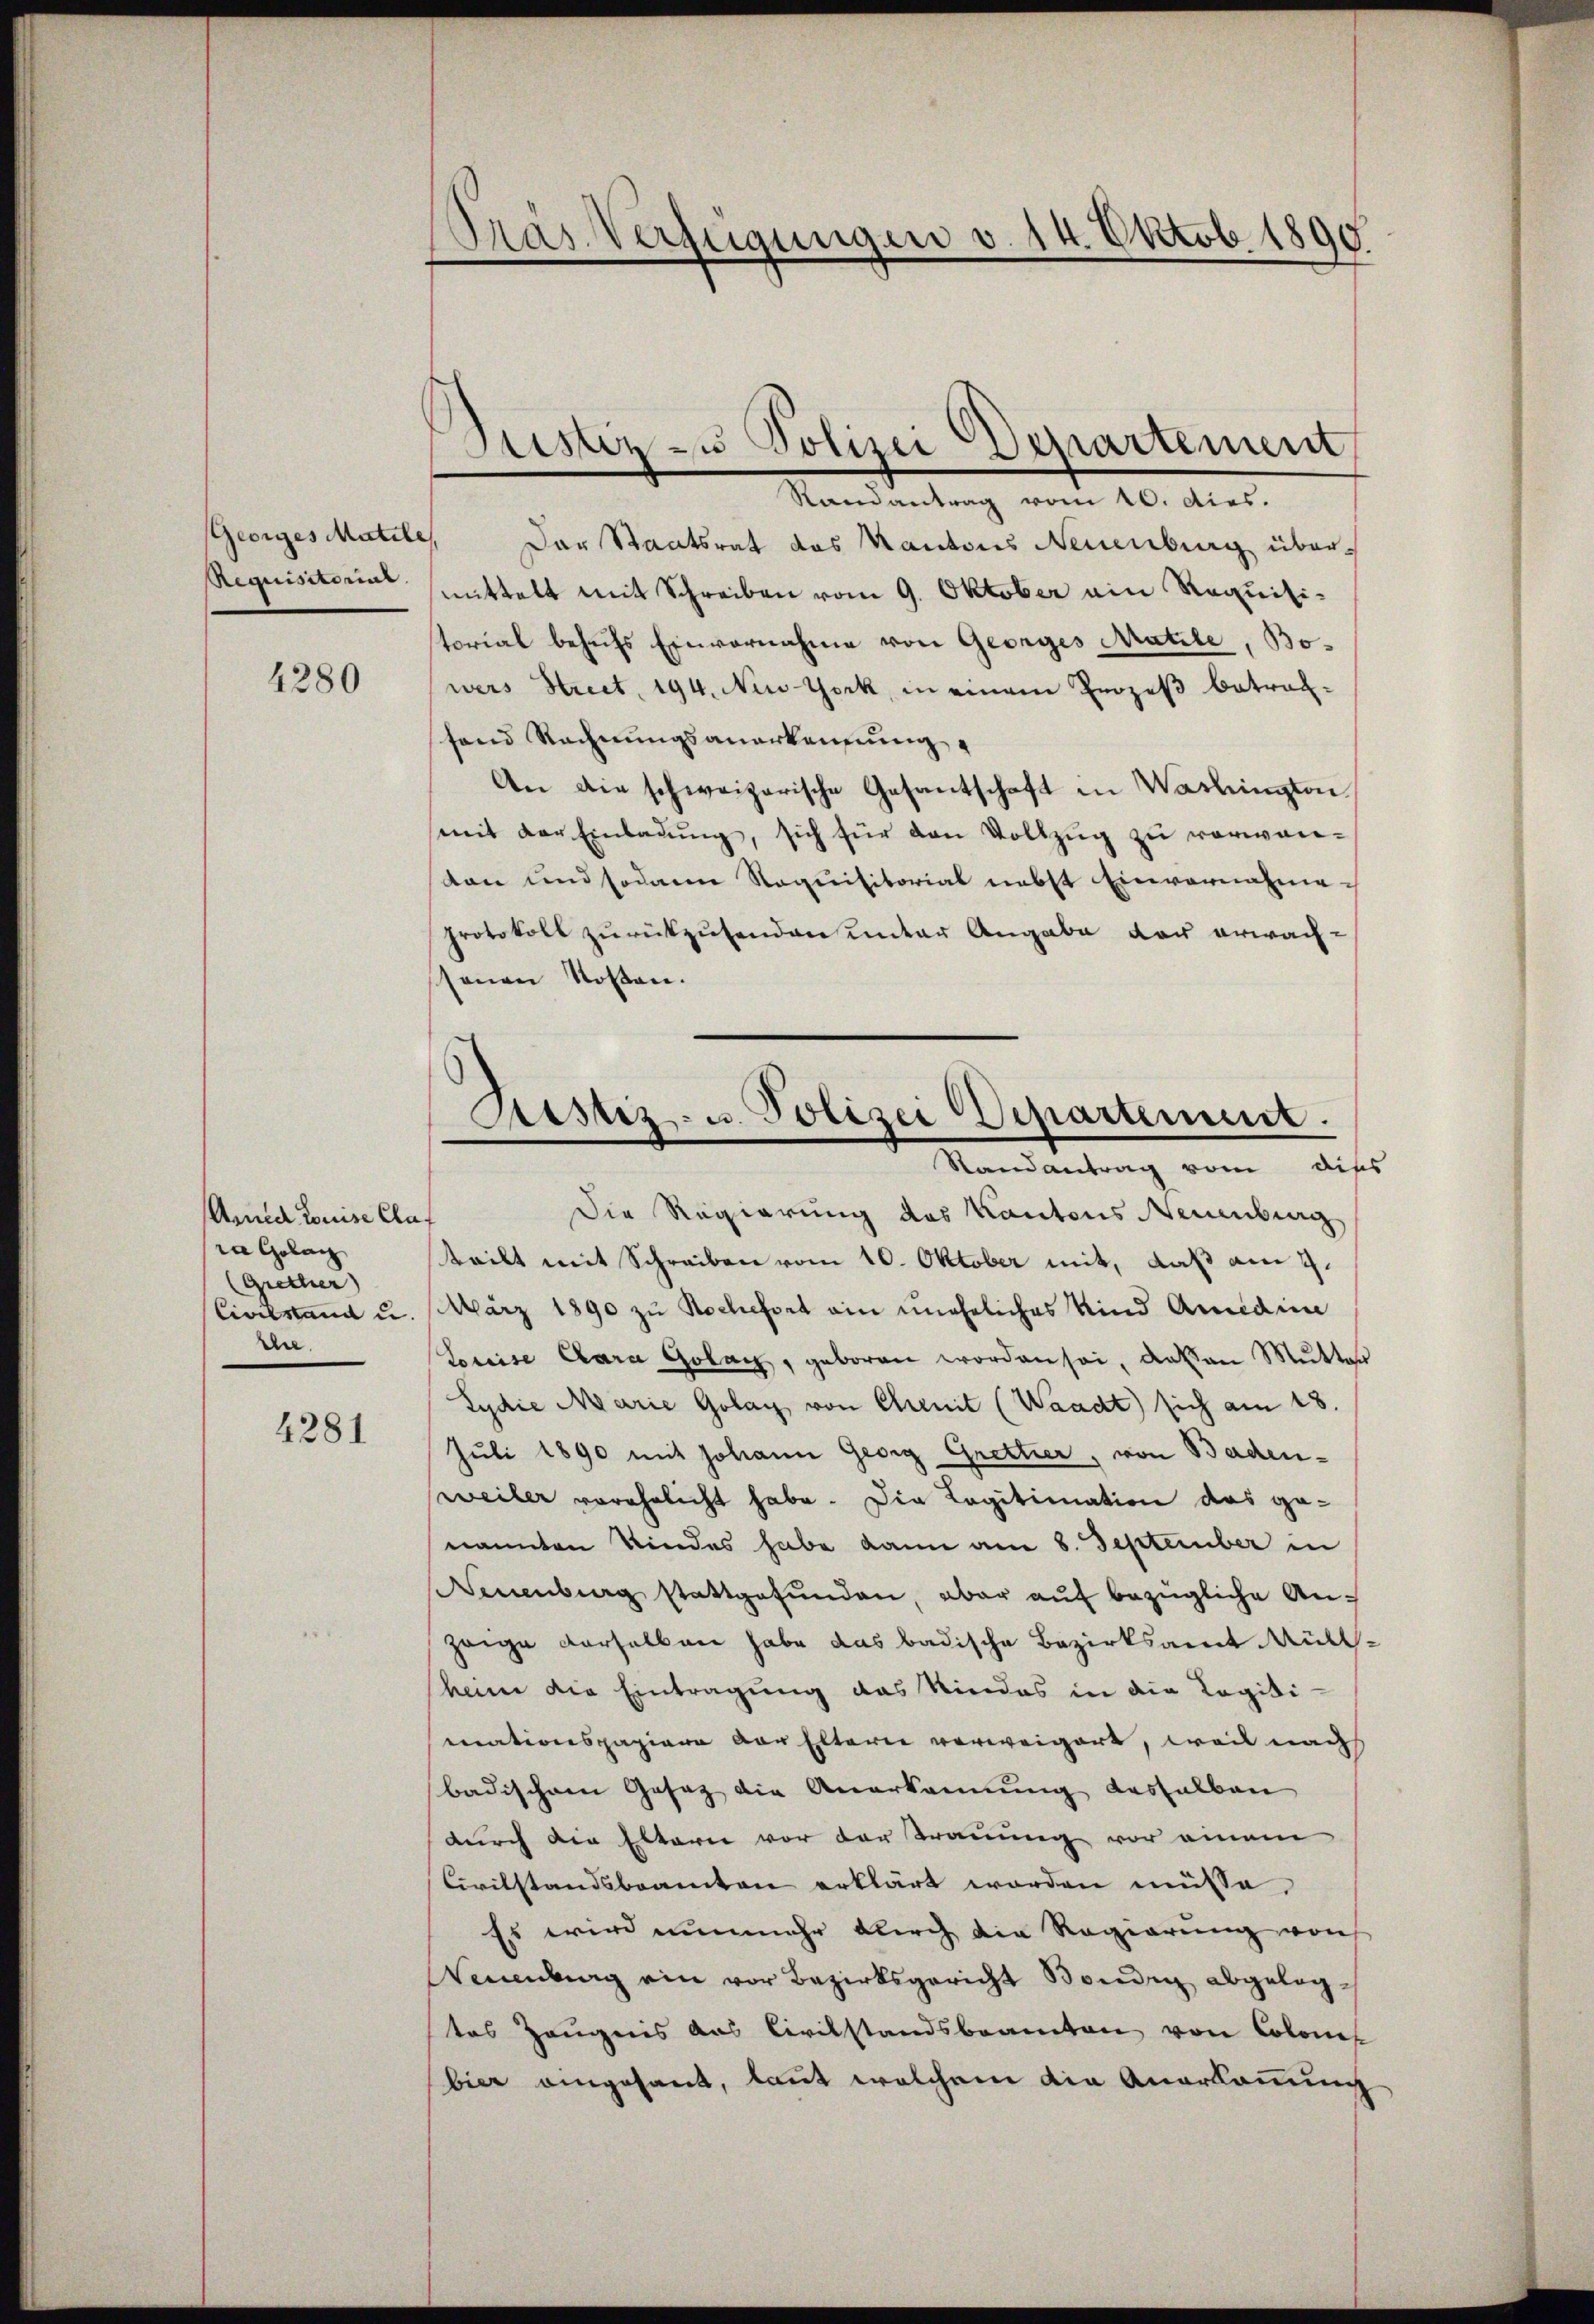
Georges Matile,
Requisitorial.

4280

Annia Luise Claf
ra Golan
(Gretter)
Civilstand u.
the.

4281

Pras Verfügungen v. 14. Oktob. 1890

Justiz zu Polizeidepartement

Randantrag vom 20. dies.
Der Staatsrat des Kantons Neuenburg übermittelt mit Schreiben vom 9. Oktober ain Requisistorial behufs Einvernahme von Georges Matile, Bowers Street, 194. New-York, in einem Prozeß betrag-
tand Rechnungsanerkennung.
An die schweizerische Gesantschaft in Washington,
mit der Einladung, sich für den Vollzug zu verwandon und sodann Requisitorial nebst Einvernahme-
protokoll zurückzusenden unter Angabe der erwachsenen Kosten.
Die Regierung des Kantons Neuenburg
teilt mit Schreiben vom 10. Oktober mit, daß am 2.
März 1890 zu Rochefort ain uneheliches Kind Amidin
Preise Cara Golag, geboren worden sei, daß an Mutter
Sydie Marie Golay von Chenit (Waadt) sich am 18.
Juli 1890 mit Johann Georg Gretter, von Badenweiler verehelicht habe. Die Legitimation das ge-
nannten Kindes habe kann am 8. September in
Neuenburg stattgefunden, aber auf bezügliche Anzeige derselben habe das badische Bezirksamt Müllheim die Eintragung das Kindes in die Legiti-
mationspapiere vor Elterer verweigert, weil nach
badischen Gesetz die Anerkennung deshalben
durch die Eltern vor der Trauung vor einem
Civilstandsbeamten erklärt worden müsse.
Es wird nunmehr durch die Regierung von
Wendung ein vor Bezirksgericht Bondern abgelegtes Zeugnis aus Civilstandsbeamten von Colonis
bier angesant, laut welchem die Anerkannung

Bestiz- u. Polizei Departement.
Randantrag vom dies